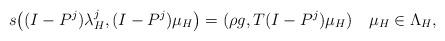
LaTeX: \begin{align*}s\bigl((I-P^j)\lambda_H^{j},(I-P^j)\mu_H\bigr)=(\rho g,T(I-P^j)\mu_H)\quad\mu_H\in\Lambda_H, \end{align*}